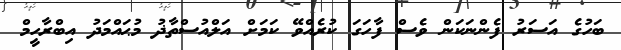
ބަހުގެ އަސަރު ފެންނަކަން ވެސް ފާހަގަ ކުރެއްވޭ ކަމަށް އަލްއުސްތާޛު މުޙައްމަދު އިބްރާހީމް